Annual report of the Punjab Veterinary College and of the Civil Veterinary Department, Punjab - 1894-1908
Year: 1894
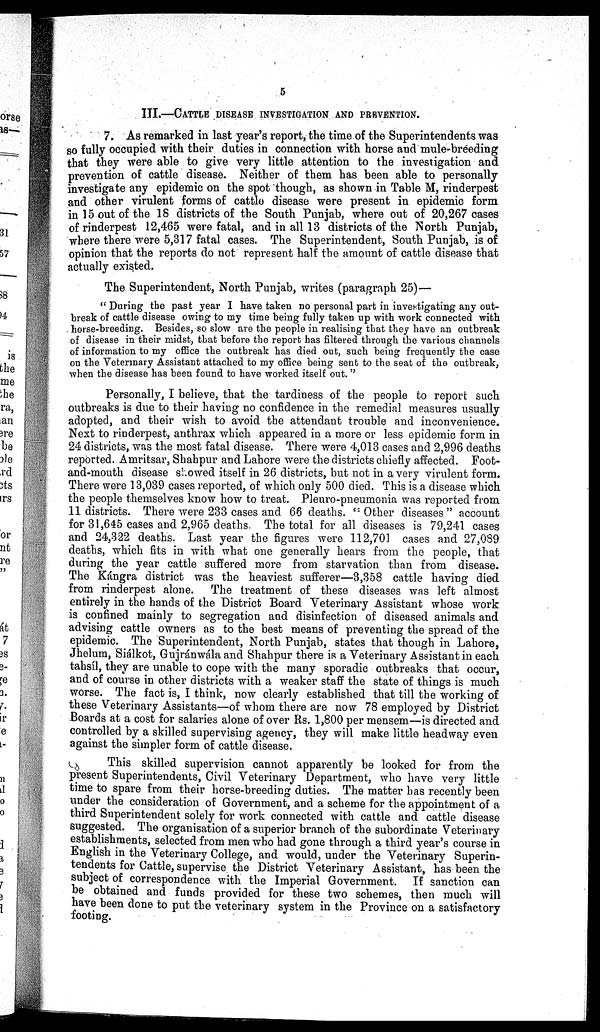
5
III.—CATTLE DISEASE INVESTIGATION AND PREVENTION .
7. As remarked in last year's report, the time of the Superintendents was
so fully occupied with their duties in connection with horse and mule-breeding
that they were able to give very little attention to the investigation and
prevention of cattle disease. Neither of them has been able to personally
investigate any epidemic on the spot though, as shown in Table M, rinderpest
and other virulent forms of cattle disease were present in epidemic form
in 15 out of the 18 districts of the South Punjab, where out of 20,267 cases
of rinderpest 12,465 were fatal, and in all 13 districts of the North Punjab,
where there were 5,317 fatal cases. The Superintendent, South Punjab, is of
opinion that the reports do not represent half the amount of cattle disease that
actually existed.
The Superintendent, North Punjab, writes (paragraph 25)—
"During the past year I have taken no personal part in investigating any out-
break of cattle disease owing to my time being fully taken up with work connected with
horse-breeding. Besides, so slow are the people in realising that they have an outbreak
of disease in their midst, that before the report has filtered through the various channels
of information to my office the outbreak has died out, such being frequently the case
on the Veterinary Assistant attached to my office being sent to the seat of the outbreak,
when the disease has been found to have worked itself out."
Personally, I believe, that the tardiness of the people to report such
outbreaks is due to their having no confidence in the remedial measures usually
adopted, and their wish to avoid the attendant trouble and inconvenience.
Next to rinderpest, anthrax which appeared in a more or less epidemic form in
24 districts, was the most fatal disease. There were 4,013 cases and 2,996 deaths
reported. Amritsar, Shahpur and Lahore were the districts chiefly affected. Foot-
and-mouth disease showed itself in 26 districts, but not in a very virulent form.
There were 13,039 cases reported, of which only 500 died. This is a disease which
the people themselves know how to treat. Pleuro-pneumonia was reported from
11 districts. There were 233 cases and 66 deaths. " Other diseases" account
for 31,645 cases and 2,965 deaths. The total for all diseases is 79,241 cases
and 24,322 deaths. Last year the figures were 112,701 cases and 27,089
deaths, which fits in with what one generally hears from the people, that
during the year cattle suffered more from starvation than from disease.
The Kángra district was the heaviest sufferer—3,358 cattle having died
from rinderpest alone. The treatment of these diseases was left almost
entirely in the hands of the District Board Veterinary Assistant whose work
is confined mainly to segregation and disinfection of diseased animals and
advising cattle owners as to the best means of preventing the spread of the
epidemic. The Superintendent, North Punjab, states that though in Lahore,
Jhelum, Siálkot, Gujránwála and Shahpur there is a Veterinary Assistant in each
tahsíl, they are unable to cope with the many sporadic outbreaks that occur,
and of course in other districts with a weaker staff the state of things is much
worse. The fact is, I think, now clearly established that till the working of
these Veterinary Assistants—of whom there are now 78 employed by District
Boards at a cost for salaries alone of over Rs. 1,800 per mensem—is directed and
controlled by a skilled supervising agency, they will make little headway even
against the simpler form of cattle disease.
This skilled supervision cannot apparently be looked for from the
present Superintendents, Civil Veterinary Department, who have very little
time to spare from their horse-breeding duties. The matter has recently been
under the consideration of Government, and a scheme for the appointment of a
third Superintendent solely for work connected with cattle and cattle disease
suggested. The organisation of a superior branch of the subordinate Veterinary
establishments, selected from men who had gone through a third year's course in
English in the Veterinary College, and would, under the Veterinary Superin-
tendents for Cattle, supervise the District Veterinary Assistant, has been the
subject of correspondence with the Imperial Government. If sanction can
be obtained and funds provided for these two schemes, then much will
have been done to put the veterinary system in the Province on a satisfactory
footing.